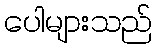
ပေါများသည်